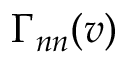
\Gamma _ { n n } ( v )